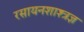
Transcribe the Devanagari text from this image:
रसायनशाश्त्रज्ञ